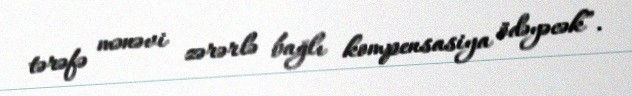
tərəfə mənəvi zərərlə bağlı kompensasiya ödəyəcək”.